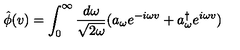
\hat { \phi } ( v ) = \int _ { 0 } ^ { \infty } \frac { d \omega } { \sqrt { 2 \omega } } ( a _ { \omega } e ^ { - i \omega v } + a _ { \omega } ^ { \dagger } e ^ { i \omega v } )